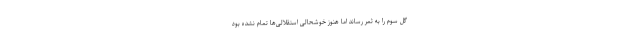
گل سوم را به ثمر رساند اما هنوز خوشحالی استقلالی‌ها تمام نشده بود